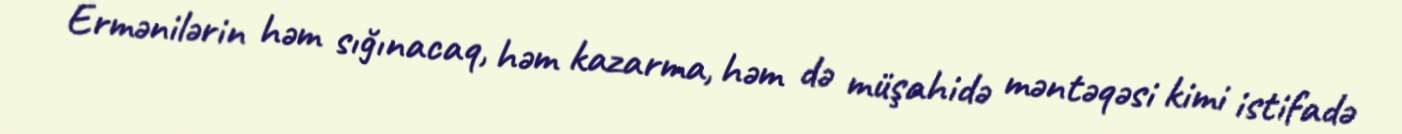
Ermənilərin həm sığınacaq, həm kazarma, həm də müşahidə məntəqəsi kimi istifadə